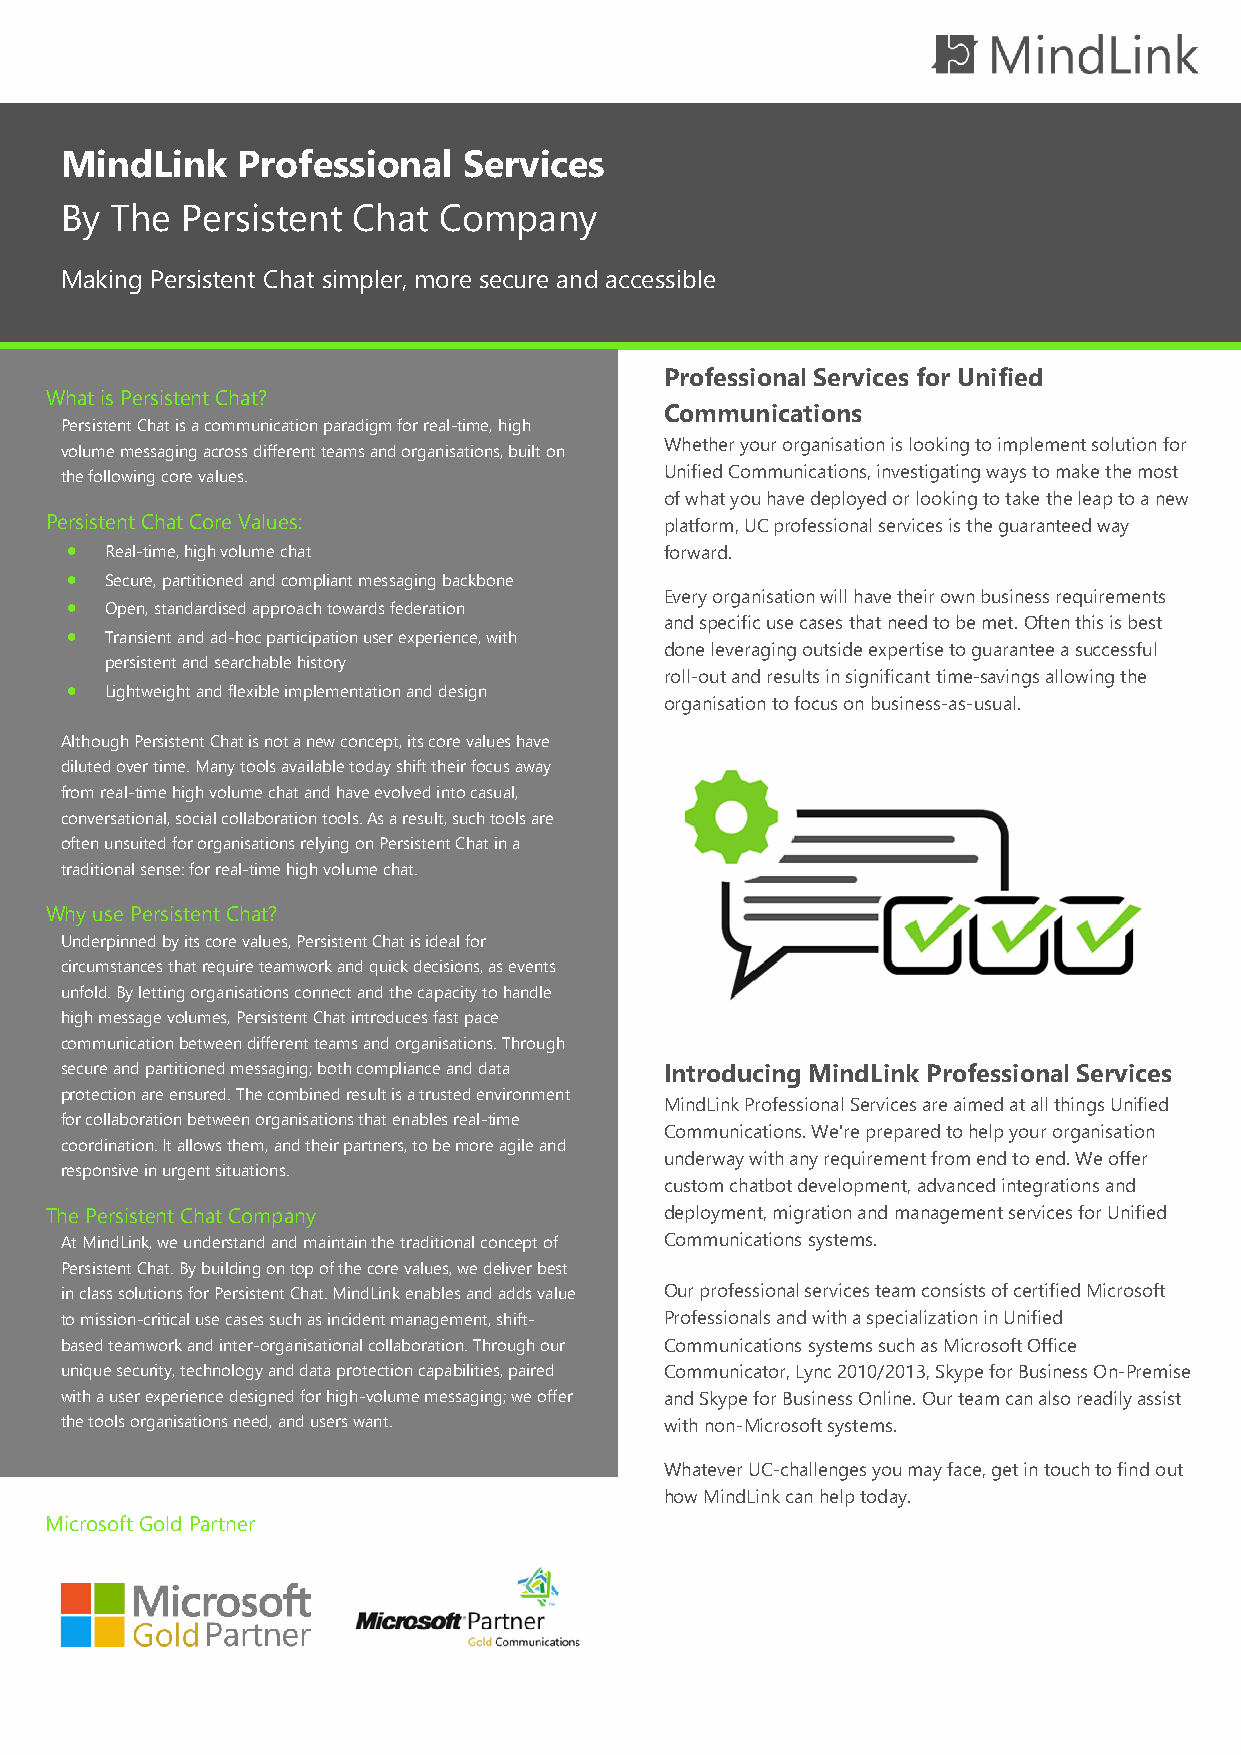
MindLink    Professional   Services
 By The  Persistent Chat  Company
 Making Persistent Chat simpler, more secure and accessible
 Professional Services for Unified
 What is Persistent Chat?
 Communications
 Persistent Chat is a communication paradigm for real-time, high
 Whether your organisation is looking to implement solution for
 volume messaging across different teams and organisations, built on
 the following core values.              Unified Communications, investigating ways to make the most
 of what you have deployed or looking to take the leap to a new
 Persistent Chat Core Values:             platform, UC professional services is the guaranteed way
 •  Real-time, high volume chat          forward.
 •  Secure, partitioned and compliant messaging backbone
 Every organisation will have their own business requirements
 •  Open, standardised approach towards federation
 and specific use cases that need to be met. Often this is best
 •  Transient and ad-hoc participation user experience, with
 done leveraging outside expertise to guarantee a successful
 persistent and searchable history
 roll-out and results in significant time-savings allowing the
 •  Lightweight and flexible implementation and design
 organisation to focus on business-as-usual.
 Although Persistent Chat is not a new concept, its core values have
 diluted over time. Many tools available today shift their focus away
 from real-time high volume chat and have evolved into casual,
 conversational, social collaboration tools. As a result, such tools are
 often unsuited for organisations relying on Persistent Chat in a
 traditional sense: for real-time high volume chat.
 Why use Persistent Chat?
 Underpinned by its core values, Persistent Chat is ideal for
 circumstances that require teamwork and quick decisions, as events
 unfold. By letting organisations connect and the capacity to handle
 high message volumes, Persistent Chat introduces fast pace
 communication between different teams and organisations. Through
 secure and partitioned messaging; both compliance and data Introducing MindLink Professional Services
 protection are ensured. The combined result is a trusted environment
 MindLink Professional Services are aimed at all things Unified
 for collaboration between organisations that enables real-time
 Communications. We're prepared to help your organisation
 coordination. It allows them, and their partners, to be more agile and
 underway with any requirement from end to end. We offer
 responsive in urgent situations.
 custom chatbot development, advanced integrations and
 The Persistent Chat Company              deployment, migration and management services for Unified
 At MindLink, we understand and maintain the traditional concept of Communications systems.
 Persistent Chat. By building on top of the core values, we deliver best
 in class solutions for Persistent Chat. MindLink enables and adds value Our professional services team consists of certified Microsoft
 to mission-critical use cases such as incident management, shift- Professionals and with a specialization in Unified
 based teamwork and inter-organisational collaboration. Through our Communications systems such as Microsoft Office
 unique security, technology and data protection capabilities, paired Communicator, Lync 2010/2013, Skype for Business On-Premise
 with a user experience designed for high-volume messaging; we offer and Skype for Business Online. Our team can also readily assist
 the tools organisations need, and users want. with non-Microsoft systems.
 Whatever UC-challenges you may face, get in touch to find out
 how MindLink can help today.
 Microsoft Gold Partner